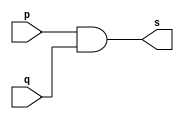
// -------------------------
// Exemplo0003 - AND
// Nome: Luiz Marques de Oliveira
// -------------------------
// -------------------------
// -- and gate
// -------------------------
module andgate ( output s,input  p,input  q);
assign s = p & q;
endmodule // andgate
// ---------------------
// -- test and gate
// ---------------------
module testandgate;
// ------------------------- dados locais
   reg   a, b; // definir registradores
wire  s;    // definir conexao (fio)
// ------------------------- instancia
   andgate AND1 (s, a, b);
// ------------------------- preparacao
   initial begin:start
      a=0; b=0;
   end// ------------------------- parte principal
   initial begin
      $display("Exemplo0003 - luiz Marques de oliveira - 417138");
      $display("Test AND gate");
$display("\na & b = s\n");
      a=0; b=0;
  #1  $display("%b & %b = %b", a, b, s);
      a=0; b=1;
  #1  $display("%b & %b = %b", a, b, s);
      a=1; b=0;
  #1  $display("%b & %b = %b", a, b, s);
      a=1; b=1;
  #1  $display("%b & %b = %b", a, b, s);
end
endmodule // testandgate